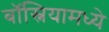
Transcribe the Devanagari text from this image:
बॉस्नियामध्ये